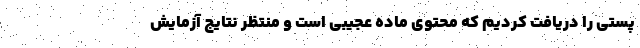
پستی را دریافت کردیم که محتوی ماده عجیبی است و منتظر نتایج آزمایش